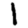
Digit: 1